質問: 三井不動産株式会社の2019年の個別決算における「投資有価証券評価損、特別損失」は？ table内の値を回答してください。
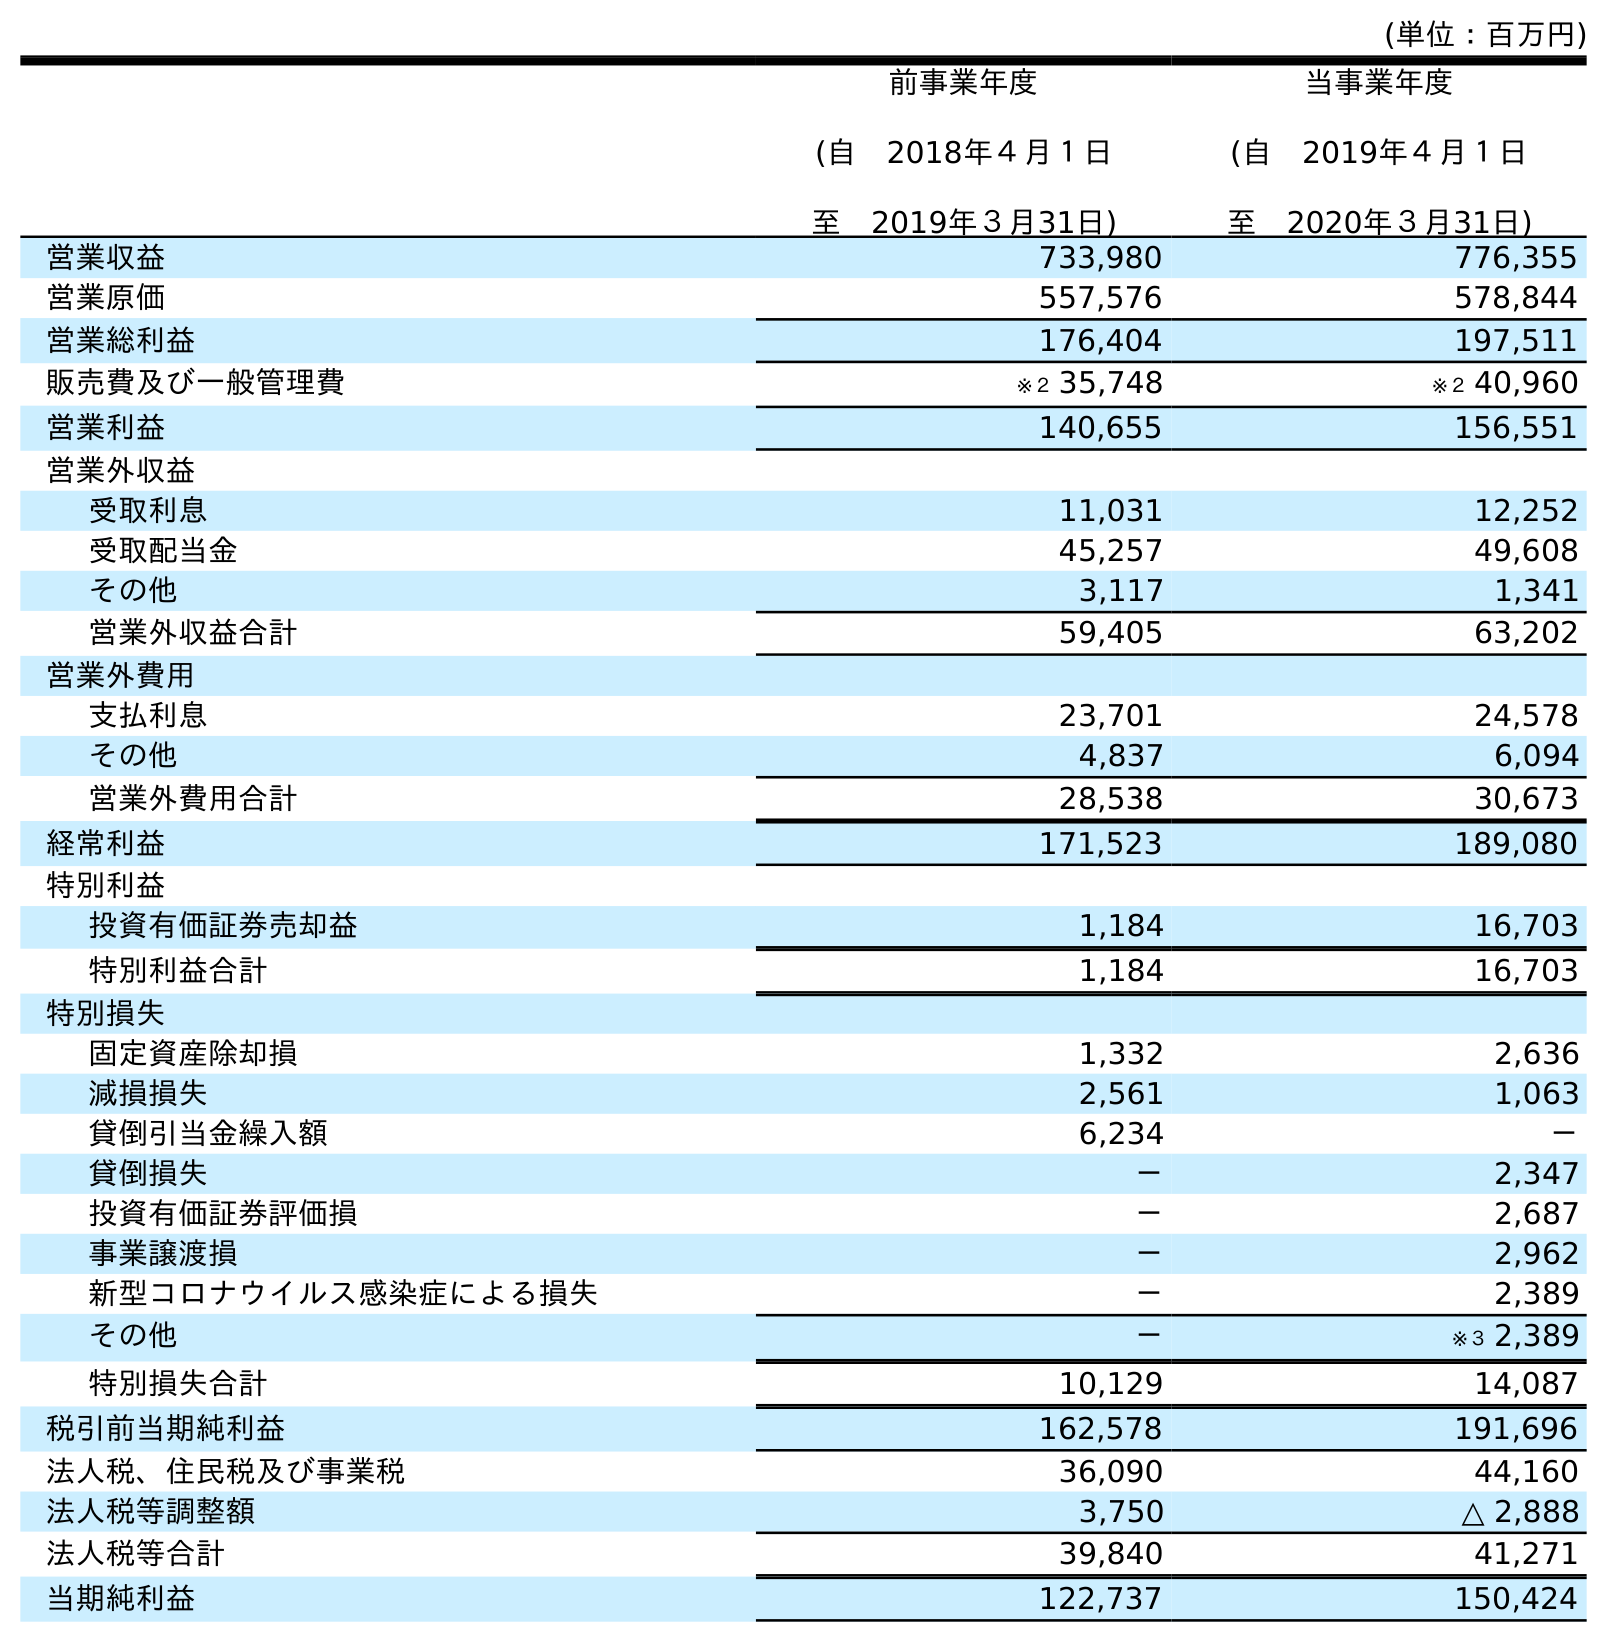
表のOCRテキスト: (単位：百万円) 前事業年度 (自 2018年４月１日 至 2019年３月31日) 当事業年度 (自 2019年４月１日 至 2020年３月31日) 営業収益 733,980 776,355 営業原価 557,576 578,844 営業総利益 176,404 197,511 販売費及び一般管理費 ※２ 35,748 ※２ 40,960 営業利益 140,655 156,551 営業外収益 受取利息 11,031 12,252 受取配当金 45,257 49,608 その他 3,117 1,341 営業外収益合計 59,405 63,202 営業外費用 支払利息 23,701 24,578 その他 4,837 6,094 営業外費用合計 28,538 30,673 経常利益 171,523 189,080 特別利益 投資有価証券売却益 1,184 16,703 特別利益合計 1,184 16,703 特別損失 固定資産除却損 1,332 2,636 減損損失 2,561 1,063 貸倒引当金繰入額 6,234 － 貸倒損失 － 2,347 投資有価証券評価損 － 2,687 事業譲渡損 － 2,962 新型コロナウイルス感染症による損失 － 2,389 その他 － ※３ 2,389 特別損失合計 10,129 14,087 税引前当期純利益 162,578 191,696 法人税、住民税及び事業税 36,090 44,160 法人税等調整額 3,750 △ 2,888 法人税等合計 39,840 41,271 当期純利益 122,737 150,424
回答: －